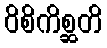
ဝိစိကိစ္ဆတိ